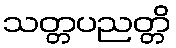
သတ္တပညတ္တိ